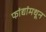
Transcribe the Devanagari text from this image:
फांद्यांमधून